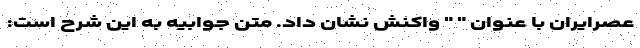
عصرایران با عنوان " " واکنش نشان داد. متن جوابیه به این شرح است: